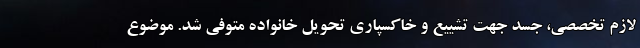
لازم تخصصی، جسد جهت تشییع و خاکسپاری تحویل خانواده متوفی شد. موضوع